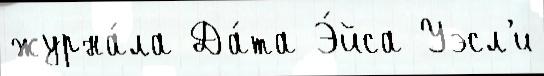
журна́ла Да́та Э́йса Уэсл'и